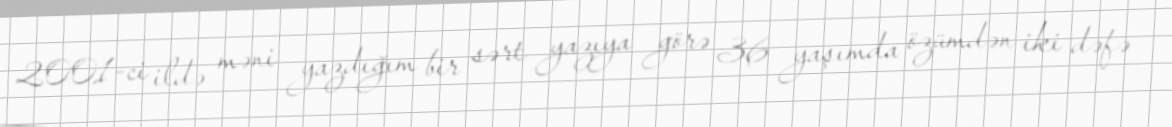
2001-ci ildə məni yazdığım bir sərt yazıya görə 36 yaşımda özümdən iki dəfə